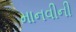
માનવીની